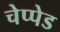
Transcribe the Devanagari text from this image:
चेप्पेड